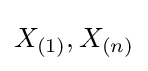
X_{(1)},X_{(n)}